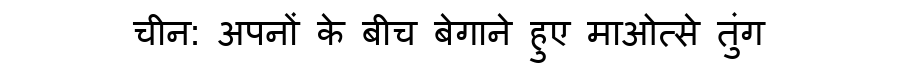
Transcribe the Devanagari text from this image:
चीन: अपनों के बीच बेगाने हुए माओत्से तुंग